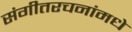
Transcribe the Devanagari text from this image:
संगीतरचनांमधे